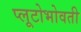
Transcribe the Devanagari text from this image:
प्लूटोभोवती